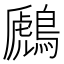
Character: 鷉